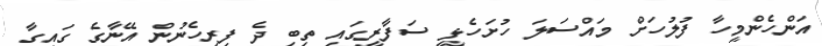
އަންހެންމީހާ ފުލުހަށް މައްސަލަ ހުށަހެޅީ ސަފާރީގައި ތިބި ދެ ފިރިހެނުން އޭނާގެ ގައިގާ